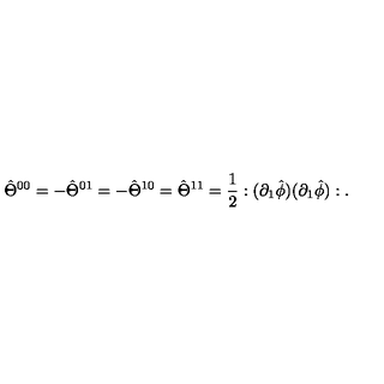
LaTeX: \hat { \Theta } ^ { 0 0 } = - \hat { \Theta } ^ { 0 1 } = - \hat { \Theta } ^ { 1 0 } = \hat { \Theta } ^ { 1 1 } = \frac { 1 } { 2 } : ( \partial _ { 1 } \hat { \phi } ) ( \partial _ { 1 } \hat { \phi } ) : .